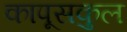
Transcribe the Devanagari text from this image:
कापूसकुल